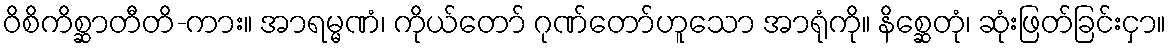
ဝိစိကိစ္ဆာတီတိ-ကား။ အာရမ္မဏံ၊ ကိုယ်တော် ဂုဏ်တော်ဟူသော အာရုံကို။ နိစ္ဆေတုံ၊ ဆုံးဖြတ်ခြင်းငှာ။